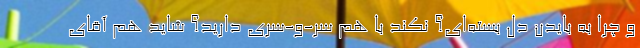
و چرا به بایدن دل بسته‌ای؟ نکند با هم سر-و-سِرّی دارید؟ شاید هم آقای